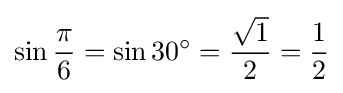
\sin {\frac {\pi }{6}}=\sin 30^{\circ }={\frac {\sqrt {1}}{2}}={\frac {1}{2}}